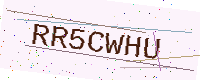
Text: RR5CWHU